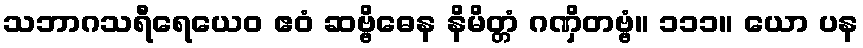
သဘာဂသရီရေယေဝ ဧဝံ ဆဗ္ဗိဓေန နိမိတ္တံ ဂဏှိတဗ္ဗံ။ ၁၁၁။ ယော ပန